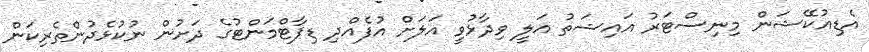
އެޑިއުކޭޝަން މިނިސްޓަރު އައިޝަތު އަލީ ވިދާޅުވީ އަލަށް އުފެއްދި ޑިޕާޓްމަންޓުގެ ދަށުން ނުކުޅެދުންތެރިކަން